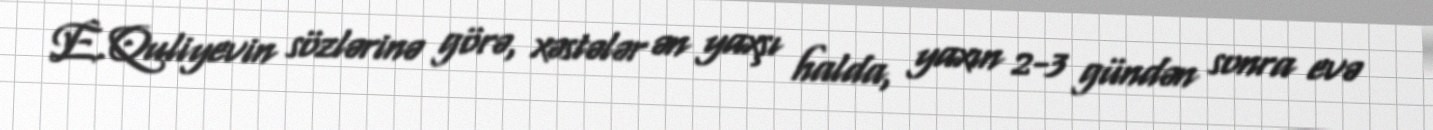
E.Quliyevin sözlərinə görə, xəstələr ən yaxşı halda, yaxın 2-3 gündən sonra evə